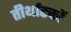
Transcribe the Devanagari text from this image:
तीर्थाटकों